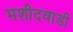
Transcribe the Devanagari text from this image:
मशीदवाडी